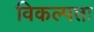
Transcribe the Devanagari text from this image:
विकल्पतः